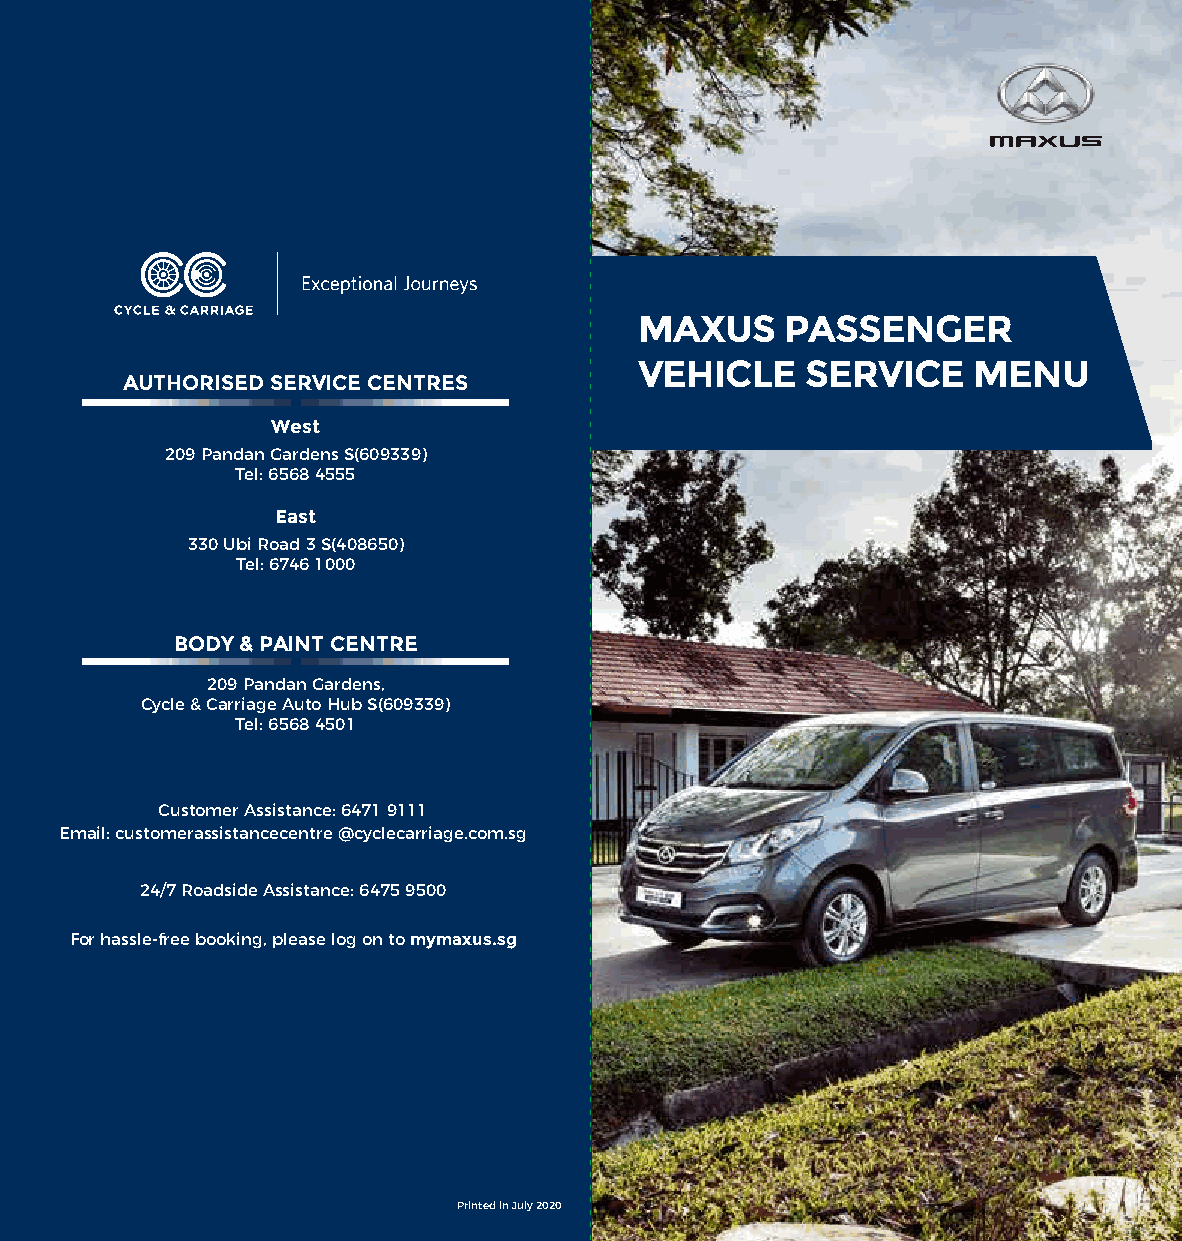
MAXUS     PASSENGER
 VEHICLE    SERVICE    MENU
 AUTHORISED SERVICE CENTRES
 West
 209 Pandan Gardens S(609339)
 Tel: 6568 4555
 East
 330 Ubi Road 3 S(408650)
 Tel: 6746 1000
 BODY & PAINT CENTRE
 209 Panda n Gardens,
 Cycle & Carriage Auto Hub S(609339)
 Tel: 6568 4501
 Customer Assistance: 6471 9111
 Email: customerassistancecentre @cyclecarriage.com.sg
 24/7 Roadside Assistance: 6475 9500
 For hassle-free booking, please log on to mymaxus.sg
 Printed in July 2020